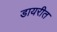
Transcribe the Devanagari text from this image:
डायरीत